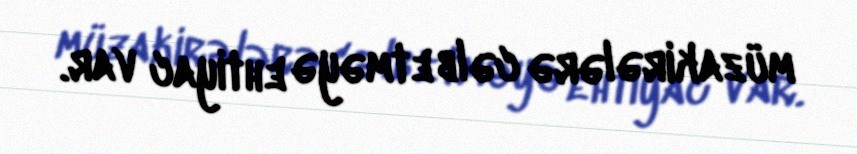
müzakirələrə cəlb etməyə ehtiyac var.